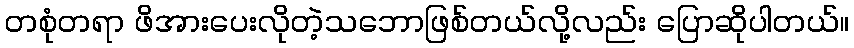
တစုံတရာ ဖိအားပေးလိုတဲ့သဘောဖြစ်တယ်လို့လည်း ပြောဆိုပါတယ်။